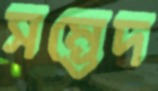
সম্ভেদ